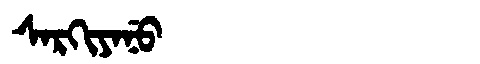
Manchu: ᠰᠠᡵᡴᡳᠶᠠᠨᡠ
Romanization: SARKIYANU